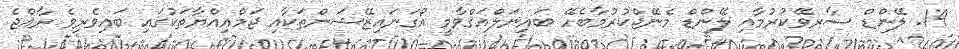
19. ލޭންޑް ސާރވޭކުރުމާއި ލޭންޑް މެނޭޖްކުރުމާބެހޭ ބައިނަލްއަޤްވާމީ އޯގަނައިޒޭޝަންތަކާއި ޖަމްޢިއްޔާތަކުގައި ބައިވެރިވެ ރާއްޖެ